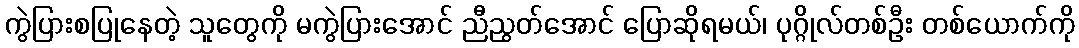
ကွဲပြားစပြုနေတဲ့ သူတွေကို မကွဲပြားအောင် ညီညွတ်အောင် ပြောဆိုရမယ်၊ ပုဂ္ဂိုလ်တစ်ဦး တစ်ယောက်ကို